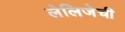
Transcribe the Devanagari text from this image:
लेलिजेची